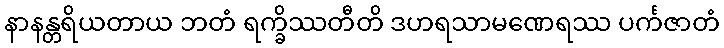
နာနန္တရိယတာယ ဘတံ ရက္ခိဿတီတိ ဒဟရသာမဏေရဿ ပင်္ကဇာတံ